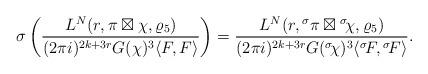
LaTeX: \begin{align*} \sigma \left(\frac{L^N(r,\pi \boxtimes \chi, \varrho_{5})}{(2\pi i)^{2k+3r} G(\chi)^3 \langle F, F\rangle}\right) = \frac{L^N(r,{}^\sigma\pi \boxtimes {}^\sigma\!\chi, \varrho_{5})}{(2\pi i)^{2k+3r} G({}^\sigma\!\chi)^3 \langle {}^\sigma\!F,{}^\sigma\!F\rangle}.\end{align*}